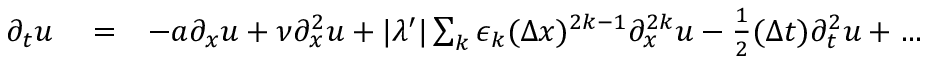
\begin{array} { r l r } { \partial _ { t } u } & { { } = } & { - a \partial _ { x } u + \nu \partial _ { x } ^ { 2 } u + | \lambda ^ { \prime } | \sum _ { k } \epsilon _ { k } ( \Delta x ) ^ { 2 k - 1 } \partial _ { x } ^ { 2 k } u - \frac { 1 } { 2 } ( \Delta t ) \partial _ { t } ^ { 2 } u + \dots } \end{array}